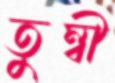
তুম্বী